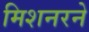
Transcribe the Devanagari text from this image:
मिशनरने